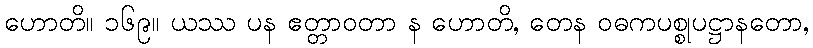
ဟောတိ။ ၁၆၉။ ယဿ ပန ဧတ္တာဝတာ န ဟောတိ, တေန ဝဓကပစ္စုပဋ္ဌာနတော,